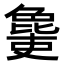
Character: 𣬔